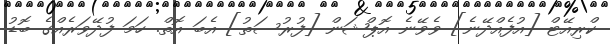
ކްރިއޭޓް [އުފެއްދޭނެ] ވެވޭނެ އޮޕްޝަން [ފުރުސަތު] އެބަ އޮތް. ހަމަ ފުދޭވަރެއްގެ ބޮޑު